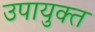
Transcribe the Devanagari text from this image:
उपायुक्‍त